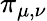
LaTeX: \pi_{\mu,\nu}